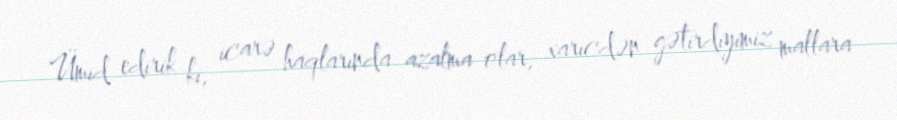
Ümid edirik ki, icarə haqlarında azalma olar, xaricdən gətirdiyimiz mallara